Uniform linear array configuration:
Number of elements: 48
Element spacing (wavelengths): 0.25
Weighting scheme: blackman
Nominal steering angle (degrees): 15
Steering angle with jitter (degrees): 15.211
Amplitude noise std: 0.05
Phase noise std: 0.05

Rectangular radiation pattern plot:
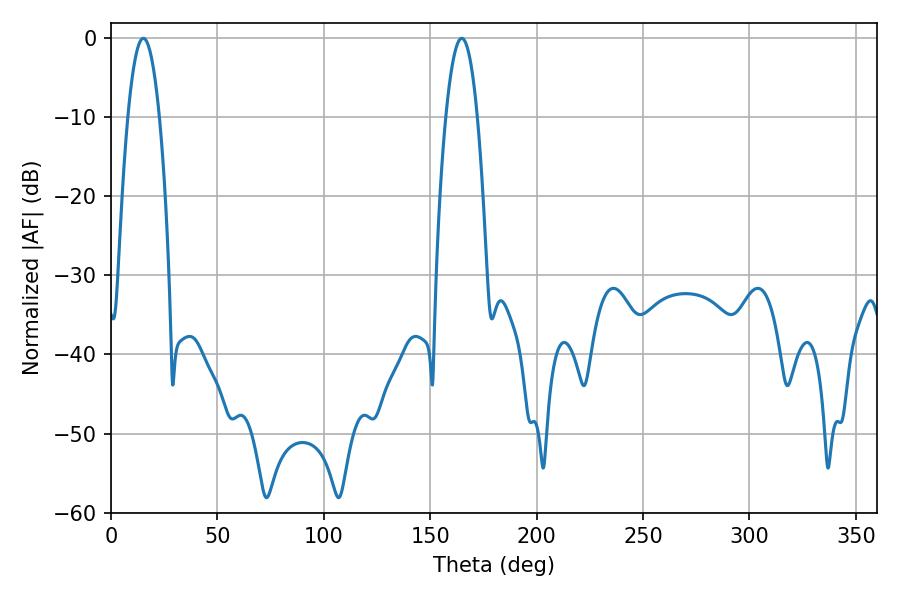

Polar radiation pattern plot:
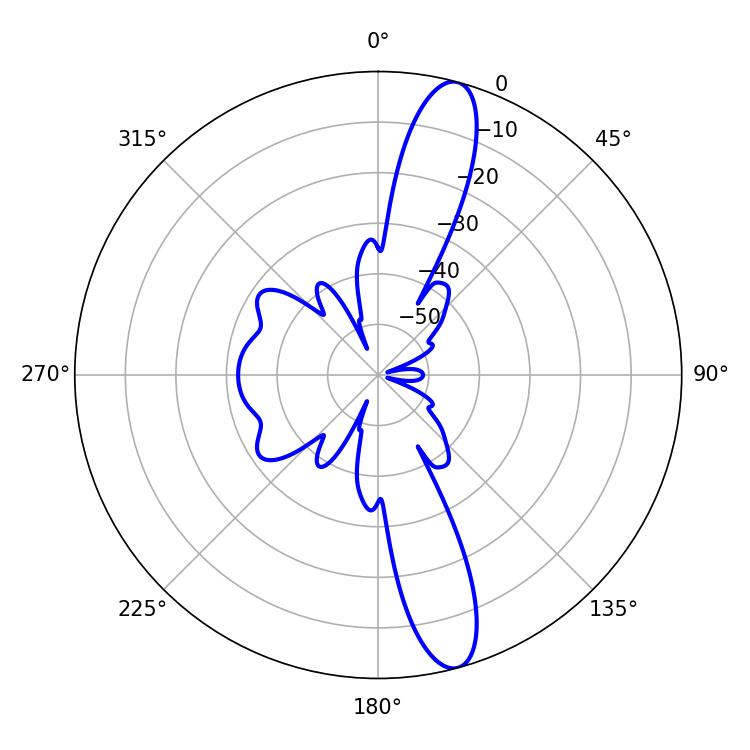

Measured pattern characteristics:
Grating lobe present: FALSE
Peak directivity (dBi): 13.99
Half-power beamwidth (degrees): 8.1
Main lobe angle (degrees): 15.12